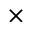
\times